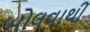
બોલવાથી